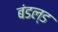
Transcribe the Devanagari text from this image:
बंडल्ड